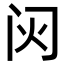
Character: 𬮟